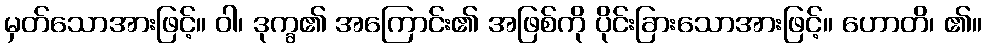
မှတ်သောအားဖြင့်။ ဝါ၊ ဒုက္ခ၏ အကြောင်း၏ အဖြစ်ကို ပိုင်းခြားသောအားဖြင့်။ ဟောတိ၊ ၏။